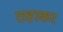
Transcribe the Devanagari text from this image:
ठहाकर